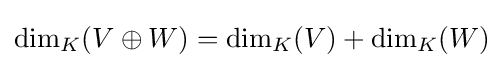
\dim _{K}(V\oplus W)=\dim _{K}(V)+\dim _{K}(W)